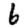
Digit: 6